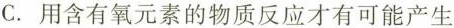
C.用含有氧元素的物质反应才有可能产生